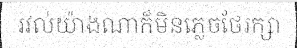
រវល់យ៉ាងណាក៏មិនភ្លេចថែរក្សា